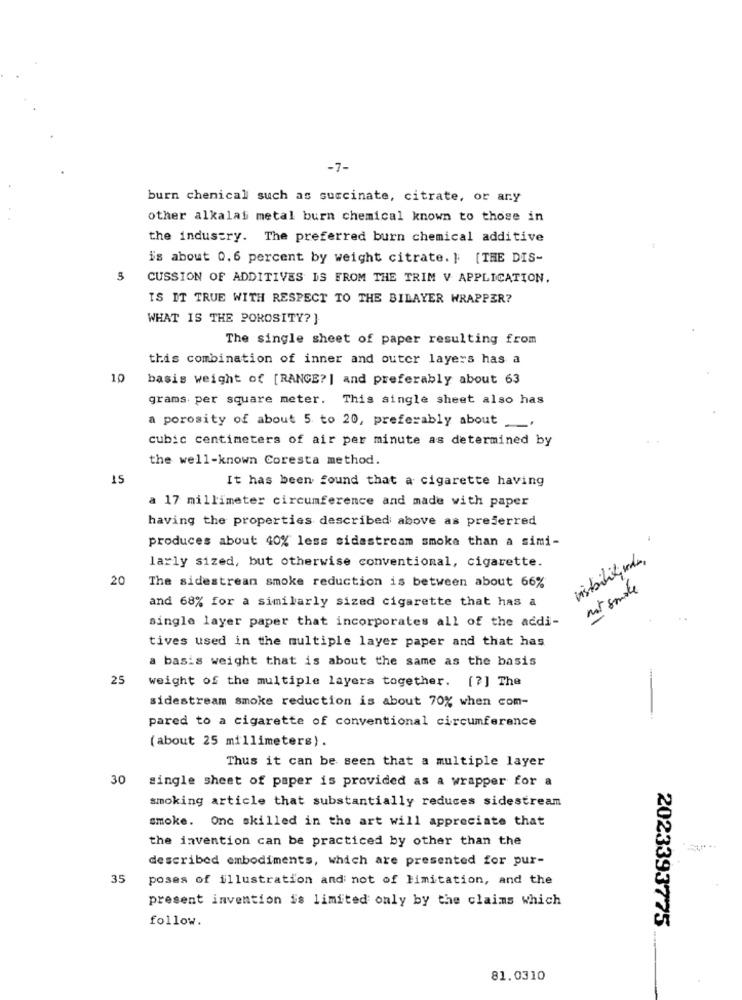
-7-
burn chenical such as succinate, citrate, or any
other alkalaf metal burn chemical known to those in
the industry. The preferred burn chemical additive
is about 0.6 percent by weight citrate. ] [THE DIS-
CUSSION OF ADDITIVES IS FROM THE TRIM V APPLICATION.
IS IT TRUE WITH RESPECT TO THE BILAYER WRAPPER?
WHAT IS THE POROSITY?}
The single sheet of paper resulting from
this combination of inner and outer layers has a
10
basis weight of [RANGE?] and preferably about 63
grams per square meter. This single sheet also has
a porosity of about 5 to 20, preferably about
cubic centimeters of air per minute as determined by
the well-known Coresta method.
15
It has been found that a cigarette having
a 17 millimeter circumference and made with paper
having the properties described above as preferred
produces about 40% less sidestream smoke than a simi-
larly sized, but otherwise conventional, cigarette.
visibility sede.
20
The sidestream smoke reduction is between about 66%
mit smoke
and 68% for a similarly sized cigarette that has a
single layer paper that incorporates all of the addi-
tives used in the multiple layer paper and that has
a basis weight that is about the same as the basis
25
weight of the multiple layers together. [?] The
sidestream smoke reduction is about 70% when com-
pared to a cigarette of conventional circumference
(about 25 millimeters).
Thus it can be seen that a multiple layer
30
single sheet of paper is provided as a wrapper for a
smoking article that substantially reduces sidestream
smoke. One skilled in the art will appreciate that
the invention can be practiced by other than the
described embodiments, which are presented for pur-
35
poses of illustration and not of limitation, and the
present invention is limited only by the claims which
follow.
2023393775
81.0310